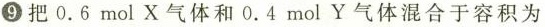
⑨把0.6mol X气体和0.4mol Y气体混合于容积为